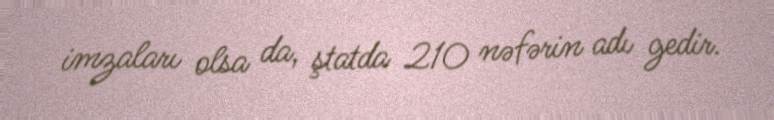
imzaları olsa da, ştatda 210 nəfərin adı gedir.